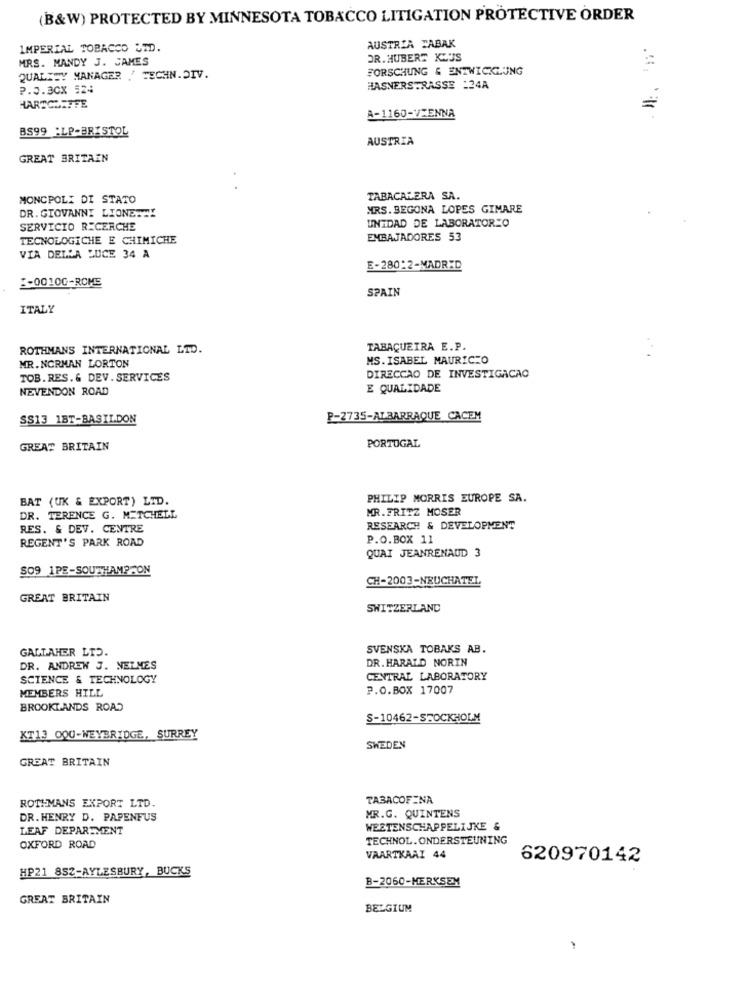
(B&W) PROTECTED BY MINNESOTA TOBACCO LITIGATION PROTECTIVE ORDER
IMPERIAL TOBACCO LID.
AUSTRIA TABAK
MRS. MANDY J. JAMES
OR. HUBERT KLUS
FORSCHUNG & ENTWICKLUNG
QUALITY MANAGER / TECHN.DIV.
P.0.30X 524
HASNERSTRASSE :24A
HARSCHEFFE
=
A-1160-VIENNA
BS99 :LP-BRISTOL
AUSTRIA
GREAT BRITAIN
MONCPOLI DI STATO
TABACALERA SA.
DR. GIOVANNI LIONETEY
MRS. BEGONA LOPES GIMARE
UNIDAD DE LABORATORIO
SERVICIO RICERCHE
TECNOLOGICHE E CHIMICHE
EMBAJADORES 53
VIA DELLA LUCE 34 A
E-280:2-MADRID
2-00100-RCME
SPAIN
ITALY
ROTHMANS INTERNATIONAL LTD.
TABAQUEIRA E.P.
MR.NORMAN LORTON
MS.ISABEL MAURICEO
TOB.RES. & DEV. SERVICES
DIRECCAO DE INVESTIGACAO
NEVENDON ROAD
E QUALIDADE
SS13 18T-BASILDON
P-2735-ALBARRAQUE CACEM
GREAT BRITAIN
PORTUGAL
BAT (UK & EXPORT) LTD.
PHILIP MORRIS EUROPE SA.
MR.FRITZ MOSER
DR. TERENCE G. MITCHELL
RES. & DEV. CENTRE
RESEARCH & DEVELOPMENT
REGENT'S PARK ROAD
P.O.BOX 11
QUAI JEANRENAUD 3
SO9 1PE-SOUTHAMPTON
CH-2003-NEUCHATEL
GREAT BRITAIN
SWITZERLAND
GALLAHER LTD.
SVENSKA TOBAKS AB.
DR. HARALD NORIN
DR. ANDREW J. NELMES
SCIENCE & TECHNOLOGY
CENTRAL LABORATORY
MEMBERS HILL
P.O.BOX 17007
BROOKLANDS ROAD
S-10462-STOCKHOLM
KT13 OQU-WEYBRIDGE, SURREY
SWEDEN
GREAT BRITAIN
ROTHMANS EXPORT LTD.
TABACOFINA
DR. HENRY D. PAPENFUS
MR.G. QUINTENS
LEAF DEPARTMENT
WEETENSCHAPPELIJKE &
TECHNOL.ONDERSTEUNING
OXFORD ROAD
VAARTKAAI 44
620970142
HP21 8SZ-AYLESBURY, BUCKS
B-2060-MERKSEM
GREAT BRITAIN
BELGIUM